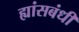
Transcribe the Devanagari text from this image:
ह्यांसबंधी